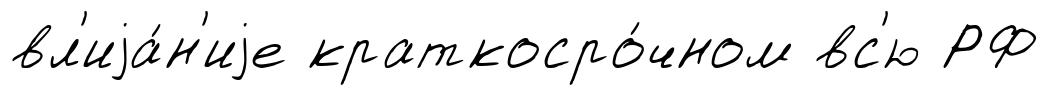
вл'иjа́н'иjе краткосро́чном вс'ю РФ